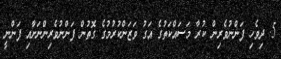
5. ދިވެހި ފަންނުވެރިން ކުރާ މަސައްކަތުގެ އަގު ވަޒަންކުރުމުގެ ގޮތުން ފަންނުވެރިންނަށާއި ފަންނީ